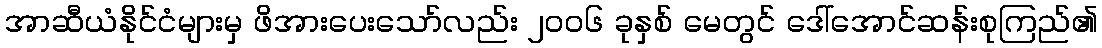
အာဆီယံနိုင်ငံများမှ ဖိအားပေးသော်လည်း ၂၀၀၆ ခုနှစ် မေတွင် ဒေါ်အောင်ဆန်းစုကြည်၏